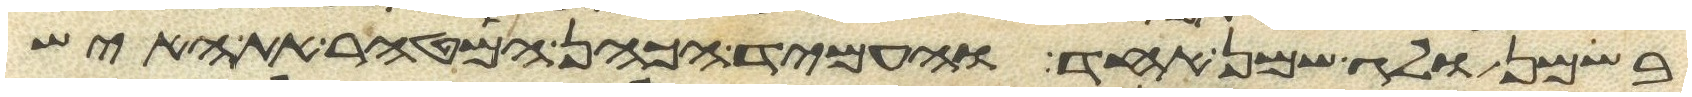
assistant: בשמן ולג שמן אחד והעמיד הכהן המטהר את האיש